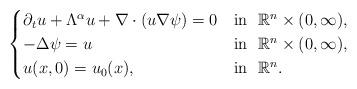
LaTeX: \begin{align*}\begin{cases} \partial_{t}u+\Lambda^{\alpha}u+\nabla\cdot(u\nabla \psi)=0&\mbox{in}\ \ \mathbb{R}^n\times(0,\infty),\\ -\Delta \psi=u&\mbox{in}\ \ \mathbb{R}^n\times(0,\infty),\\ u(x,0)=u_0(x), \ \ &\mbox{in}\ \ \mathbb{R}^n.\end{cases}\end{align*}